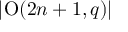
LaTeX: \left| \operatorname { O } ( 2 n + 1 , q ) \right|